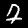
Digit: 7